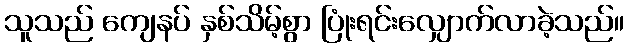
သူသည် ကျေနပ် နှစ်သိမ့်စွာ ပြုံးရင်းလျှောက်လာခဲ့သည်။